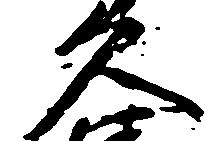
久